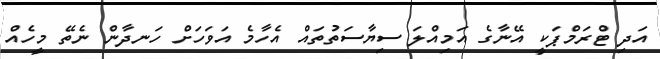
އަދި ޓްރަމްޕަކީ އޭނާގެ އަމިއްލަ ސިޔާސަތުތައް އެހާމެ އަވަހަށް ހަނދާން ނެތޭ މީހެއް